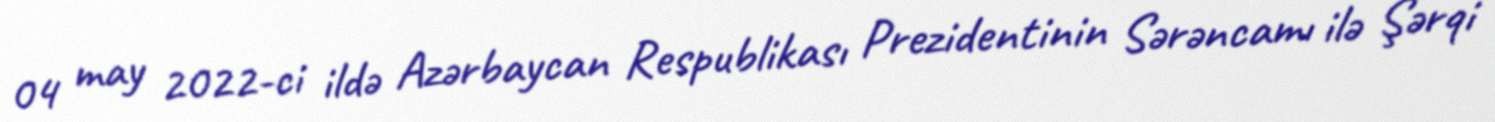
04 may 2022-ci ildə Azərbaycan Respublikası Prezidentinin Sərəncamı ilə Şərqi